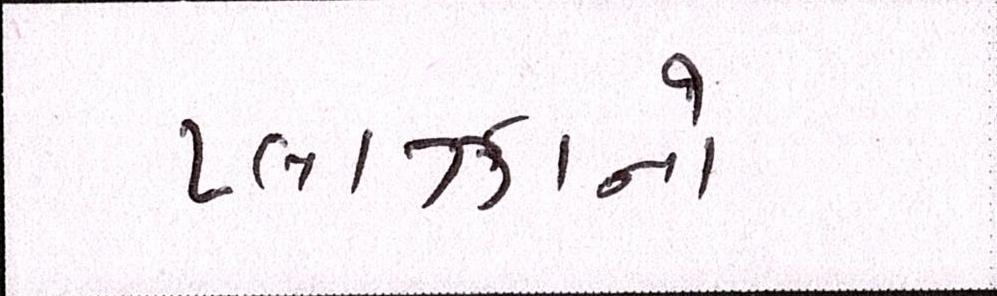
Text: પ્લાઝાનો